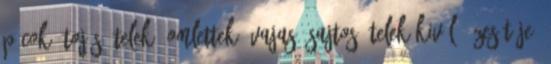
pácok, tojás ételek, omlettek, vajas, sajtos ételek kiváló ízesítője.